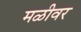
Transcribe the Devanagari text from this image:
मळीवर